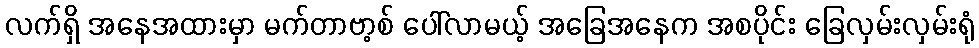
လက်ရှိ အနေအထားမှာ မက်တာဗာ့စ် ပေါ်လာမယ့် အခြေအနေက အစပိုင်း ခြေလှမ်းလှမ်းရုံ